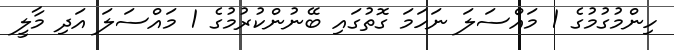
ހިންމުގުމުގެ 1 މައްސަލަ ނަހަމަ ގޮތުގައި ބޭނުންކުރުމުގެ 1 މައްސަލަ އަދި މާލީ